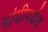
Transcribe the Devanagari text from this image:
गांधीपर्यंत